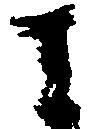
に